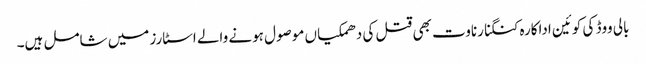
بالی ووڈ کی کوئین اداکارہ کنگنا رناوت بھی قتل کی دھمکیاں موصول ہونے والے اسٹارز میں شامل ہیں۔